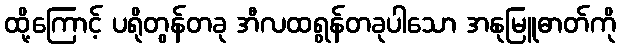
ထို့ကြောင့် ပရိုတွန်တခု အီလထရွန်တခုပါသော အနုမြူဓာတ်ကို